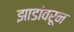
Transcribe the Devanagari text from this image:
झाडांवरून